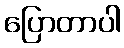
ပြောတာပါ